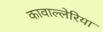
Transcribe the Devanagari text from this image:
कावाल्लेरिया